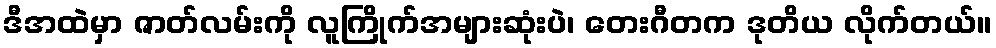
ဒီအထဲမှာ ဇာတ်လမ်းကို လူကြိုက်အများဆုံးပဲ၊ တေးဂီတက ဒုတိယ လိုက်တယ်။